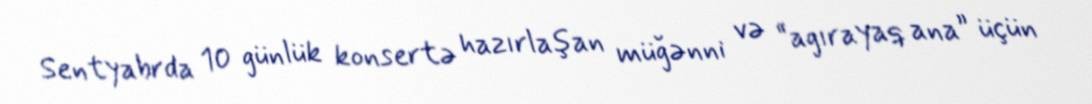
Sentyabrda 10 günlük konsertə hazırlaşan müğənni və “agırayaq ana” üçün